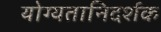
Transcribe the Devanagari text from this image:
योग्यतानिदर्शक